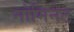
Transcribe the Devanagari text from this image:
नोमिनेट